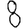
Digit: 8